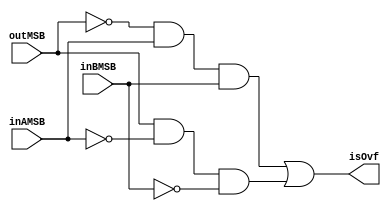
module ovf(isOvf, outMSB, inAMSB, inBMSB);
    input outMSB, inAMSB, inBMSB;
    output isOvf;
    
    // isOvf = (!outMSB & inAMSB & inBMSB) + (outMSB & !inAMSB & !inBMSB);
    wire nOut, nInA, nInB;
    not f(nOut, outMSB);
    not bab(nInA, inAMSB);
    not w(nInB, inBMSB);

    wire t1, t2;
    and uno(t1, nOut, inAMSB, inBMSB);
    and dos(t2, outMSB, nInA, nInB);
    or hehe(isOvf, t1, t2);
endmodule